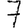
Digit: 7